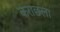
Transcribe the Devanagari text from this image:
कराछला